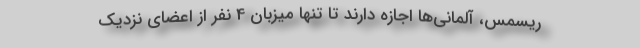
ریسمس، آلمانی‌ها اجازه دارند تا تنها میزبان 4 نفر از اعضای نزدیک